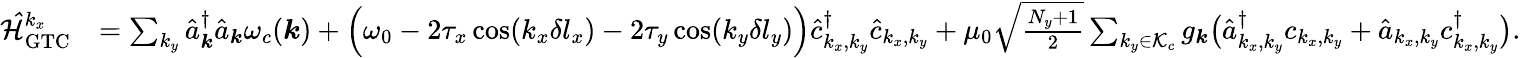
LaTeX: \begin{array}{rl}{\mathcal{\hat{H}}_{\mathrm{GTC}}^{k_{x}}}&{=\sum_{k_{y}}\hat{a}_{\boldsymbol k}^{\dagger}\hat{a}_{\boldsymbol k}\omega_{c}({\boldsymbol k})+\Big(\omega_{0}-2\tau_{x}\cos(k_{x}\delta l_{x})-2\tau_{y}\cos(k_{y}\delta l_{y})\Big)\hat{c}_{k_{x},k_{y}}^{\dagger}\hat{c}_{k_{x},k_{y}}+\mu_{0}\sqrt{\frac{N_{y}+1}{2}}\sum_{k_{y}\in\mathcal{K}_{c}}{g_{\boldsymbol k}}\big(\hat{a}_{k_{x},k_{y}}^{\dagger}c_{k_{x},k_{y}}+\hat{a}_{{k_{x},k_{y}}}c_{k_{x},k_{y}}^{\dagger}\big).}\end{array}